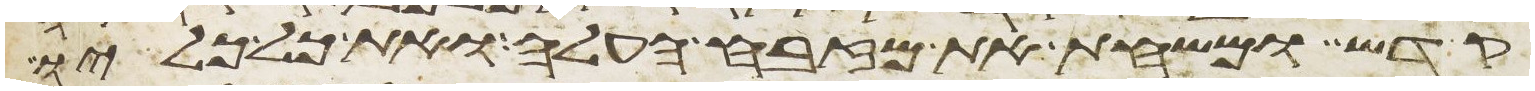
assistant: קדש ומשחת את מזבח העלה ואת כל כליו